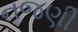
નજણી